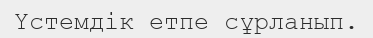
Үстемдік етпе сұрланып.